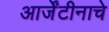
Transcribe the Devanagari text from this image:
आर्जेंटीनाचे